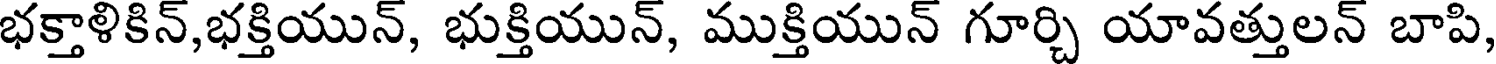
భక్తాళికిన్,భక్తియున్, భుక్తియున్, ముక్తియున్ గూర్చి యావత్తులన్ బాపి,